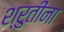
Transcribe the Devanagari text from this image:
श्रुतींना